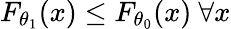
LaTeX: F_{\theta_{1}}(x)\leq F_{\theta_{0}}(x)\ \forall x